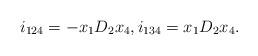
LaTeX: \begin{align*}i_{124}=-x_1D_2x_4, i_{134}=x_1D_2x_4.\end{align*}